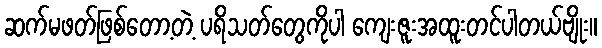
ဆက်မဖတ်ဖြစ်တော့တဲ့ ပရိသတ်တွေကိုပါ ကျေးဇူးအထူးတင်ပါတယ်ဗျိုး။